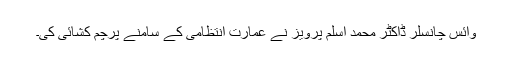
وائس چانسلر ڈاکٹر محمد اسلم پرویز نے عمارت انتظامی کے سامنے پرچم کشائی کی۔